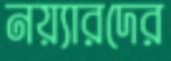
নয়্যারদের